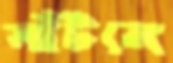
সাঁটলে